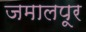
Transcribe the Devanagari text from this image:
जमालपूर